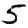
Digit: 5